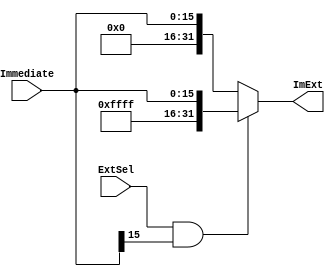
`timescale 1ns / 1ps
//////////////////////////////////////////////////////////////////////////////////
// Company: 
// Engineer: 
// 
// Design Name: 
// Module Name: Extend
// Project Name: 
// Target Devices: 
// Tool Versions: 
// Description: 
// 
// Dependencies: 
// 
// Revision:
// Revision 0.01 - File Created
// Additional Comments:
// 
//////////////////////////////////////////////////////////////////////////////////


module Extend(
    input [15:0] Immediate,
    input ExtSel,
    output [31:0] ImExt
    );
    assign ImExt = (ExtSel == 1 && Immediate[15] == 1) ? 
                   {16'hFFFF, Immediate} : {16'h0000, Immediate};
endmodule